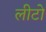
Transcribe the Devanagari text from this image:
लीटो